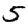
Digit: 5